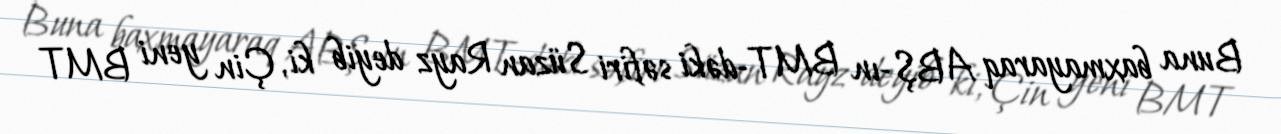
Buna baxmayaraq ABŞ-ın BMT-dəki səfiri Süzan Rayz deyib ki, Çin yeni BMT